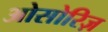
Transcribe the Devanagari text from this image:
ओसोरिज़